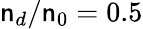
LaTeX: \mathsf{n}_{d}/\mathsf{n}_{0}=0.5